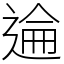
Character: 𫐮